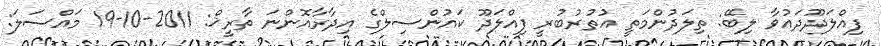
ފިއްލަދޫދައުވާ ލިބޭ: ތިލަދުންމަތީ އުތުރުބުރީ ފިއްލަދޫ ކައުންސިލްގެ އިދާރާއޮންނަ ތާރީޚް: 2011-10-19 މައްސަލަ: